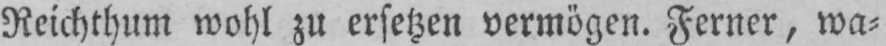
Reichthum wohl zu ersetzen vermögen. Ferner, wa⸗